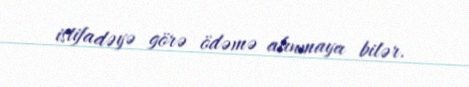
istifadəyə görə ödəmə alınmaya bilər.